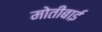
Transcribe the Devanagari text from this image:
मोतीबाई